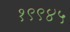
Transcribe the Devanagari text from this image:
१९९४५